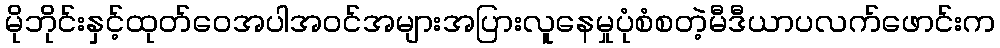
မိုဘိုင်းနှင့်ထုတ်ဝေအပါအဝင်အများအပြားလူနေမှုပုံစံစတဲ့မီဒီယာပလက်ဖောင်းက